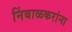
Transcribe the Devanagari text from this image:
निंबाळकरांना